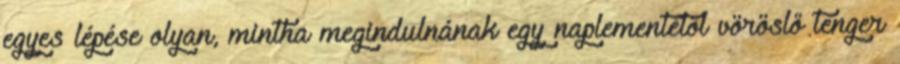
egyes lépése olyan, mintha megindulnának egy naplementétől vöröslő tenger